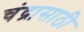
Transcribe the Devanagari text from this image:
चंद्रासाठी